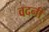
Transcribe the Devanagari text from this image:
वदनी